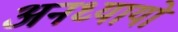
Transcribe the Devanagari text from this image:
अनध्यायों